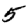
Digit: 5